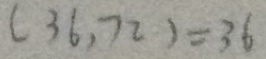
( 3 6 , 7 2 ) = 3 6